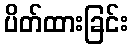
ပိတ်ထားခြင်း